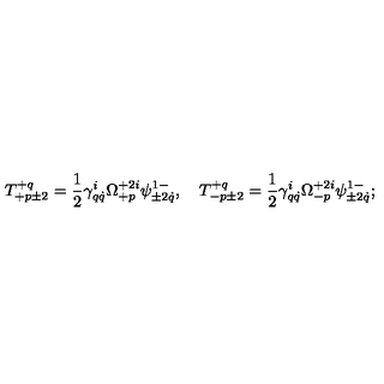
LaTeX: T _ { + p \pm 2 } ^ { + q } = \frac 1 2 \gamma _ { q \dot { q } } ^ { i } \Omega _ { + p } ^ { + 2 i } \psi _ { \pm 2 \dot { q } } ^ { 1 - } , \quad T _ { - p \pm 2 } ^ { + q } = \frac 1 2 \gamma _ { q \dot { q } } ^ { i } \Omega _ { - p } ^ { + 2 i } \psi _ { \pm 2 \dot { q } } ^ { 1 - } ;